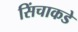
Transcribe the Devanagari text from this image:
सिंचाकडे